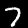
Label: 7